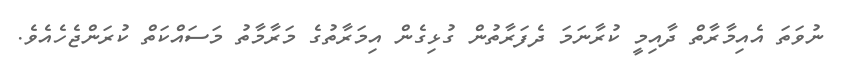
ނުވަތަ އެއިމާރާތް ދާއިމީ ކުރާނަމަ ދެފަރާތުން ގުޅިގެން އިމަރާތުގެ މަރާމާތު މަސައްކަތް ކުރަންޖެހެއެވެ.